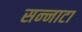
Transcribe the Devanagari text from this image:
सन्‍नाटा